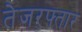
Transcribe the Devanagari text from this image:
तेजरफ्तार